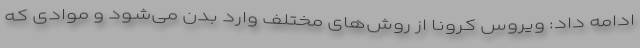
ادامه داد: ویروس کرونا از روش‌های مختلف وارد بدن می‌شود و موادی که